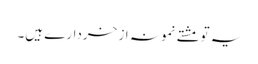
یہ تو مشتے نمونہ از خردارے ہیں۔